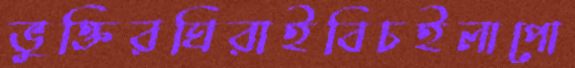
ভুক্তিরঘিরাইবিচইলাপো